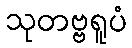
သုတဗ္ဗရူပံ